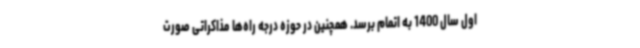
اول سال 1400 به اتمام برسد. همچنین در حوزه درجه راه‌ها مذاکراتی صورت